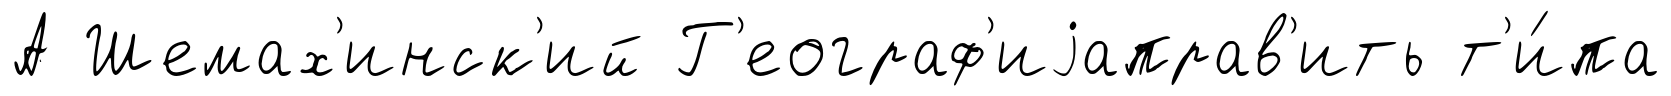
А Шемах'инск'ий Г'еограф'иjаправ'ить т'и́па